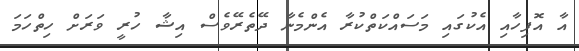
އާ އޮފިހާއި އެކުގައި މަސައްކަތްކުރާ އެންމެނާ ދޭތެރޭވެސް އިޝާ ހުރީ ވަރަށް ހިތްހަމަ